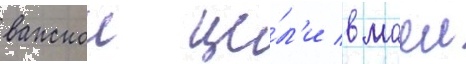
важнои це́л'и в моеи